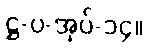
ဋ္ဌ-ပ-အုပ်-၁၄။